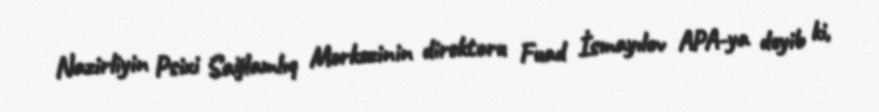
Nazirliyin Psixi Sağlamlıq Mərkəzinin direktoru Fuad İsmayılov APA-ya deyib ki,